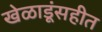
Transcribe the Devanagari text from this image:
खेळाडूंसहीत